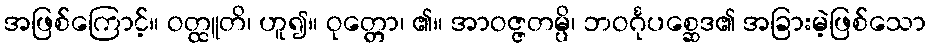
အဖြစ်ကြောင့်။ ဝတ္ထူတိ၊ ဟူ၍။ ဝုတ္တော၊ ၏။ အာဝဇ္ဇတမ္ပိ၊ ဘဝင်္ဂုပစ္ဆေဒ၏ အခြားမဲ့ဖြစ်သော